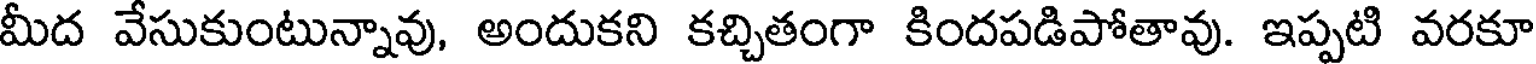
మీద వేసుకుంటున్నావు, అందుకని కచ్చితంగా కిందపడిపోతావు. ఇప్పటి వరకూ